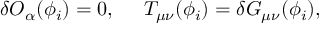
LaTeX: \delta { \cal O } _ { \alpha } ( \phi _ { i } ) = 0 , \; \; \; \; \; T _ { \mu \nu } ( \phi _ { i } ) = \delta G _ { \mu \nu } ( \phi _ { i } ) ,